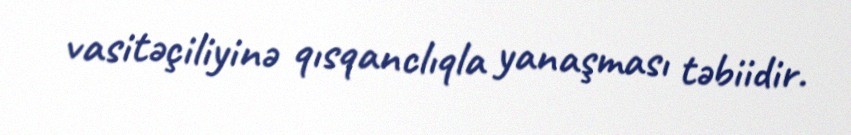
vasitəçiliyinə qısqanclıqla yanaşması təbiidir.